Sketch of the medical history of the native army of Bombay, for the year
Year: 1872
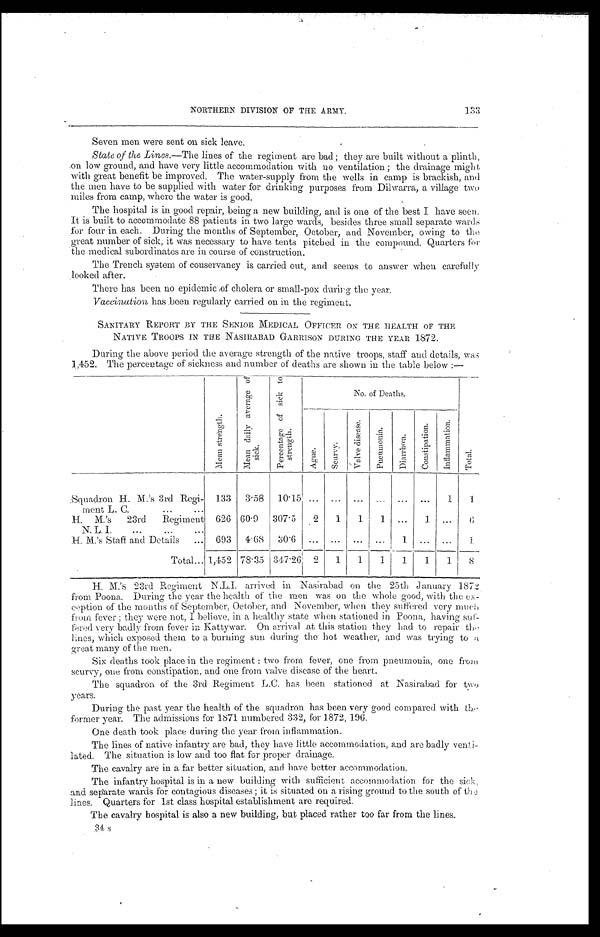
NORTHERN DIVISION OF THE ARMY.
Seven men were sent on sick leave.
State of the Lines .—The lines of the regiment are bad; they are built without a plinth,
on low ground, and have very little accommodation with no ventilation ; the drainage might
with great benefit be improved. The water-supply from the wells in camp is brackish, and
the men have to be supplied with water for drinking purposes from Dilwarra, a village two
miles from camp, where the water is good.
The hospital is in good repair, being a new building, and is one of the best I have seen.
It is built to accommodate 88 patients in two large wards, besides three small separate wards
for four in each. During the months of September, October, and November, owing to the
great number of sick, it was necessary to have tents pitched in the compound. Quarters for
the medical subordinates are in course of construction.
The Trench system of conservancy is carried out, and seems to answer when carefully
looked after.
There has been no epidemic of cholera or small-pox during the year.
Vaccination has been regularly carried on in the regiment.
SANITARY REPORT BY THE SENIOR MEDICAL OFFICER ON THE HEALTH OF THE
NATIVE TROOPS IN THE NASIRABAD GARRISON DURING THE YEAR 1872.
During the above period the average strength of the native troops, staff and details, was
1,452. The percentage of sickness and number of deaths are shown in the table below :—
M e a n s t r e n g t h .
M e a n d a i l y a v e r a g e o f s i c k .
P e r c e n t a g e o f s i c k t o s t r e n g t h .
N o . o f D e a t h s .
A g u e .
S c u r v y .
V a l v e d i s e a s e .
P u e u m o n i a .
D i a r r h œ a .
C o n s t i p a t i o n .
I n f l a m m a t i o n .
T o t a l .
Squadron H. M.'s 3rd Regi-
ment L. C. . . .
133
3.58
10.15
. . .
. . .
. . .
. . .
. . .
. . .
1
1
H. M.'s 23rd Regiment
N. L. I. . . .
626
60.9
307.5
2
1
1
1
. . .
1
. . .
6
H. M.'s Staff and Details . . .
693
4.68
30.6
. . .
. . .
. . .
. . .
1
. . .
. . .
1
Total . . . 1,452
78.35
347.26
2
1
1
1
1
1
1
8
H. M.'s 23rd Regiment N.L.I. arrived in Nasirabad on the 25th January 1872
from Poona. During the year the health of the men was on the whole good, with the ex
-
ception of the months of September, October, and November, when they suffered very much
from fever ; they were not, I believe, in a healthy state when stationed in Poona, having suf
-
fered very badly from fever in Kattywar. On arrival at this station they had to repair the
lines, which exposed them to a burning sun during the hot weather, and was trying to a
great many of the men.
Six deaths took place in the regiment : two from fever, one from pneumonia, one from
scurvy, one from constipation, and one from valve disease of the heart.
The squadron of the 3rd Regiment L.C. has been stationed at Nasirabad for two
years.
During the past year the health of the squadron has been very good compared with the
former year. The admissions for 1871 numbered 332, for 1872, 196.
One death took place during the year from inflammation.
The lines of native infantry are bad, they have little accommodation, and are badly venti
-
lated. The situation is low and too flat for proper drainage.
The cavalry are in a far better situation, and have better accommodation.
The infantry hospital is in a new building with sufficient accommodation for the sick,
and separate wards for contagious diseases ; it is situated on a rising ground to the south of the
lines. Quarters for 1st class hospital establishment are required.
The cavalry hospital is also a new building, but placed rather too far from the lines.
34 s